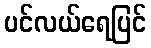
ပင်လယ်ရေပြင်